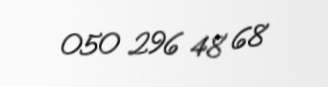
050 296 48 68